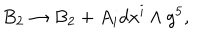
B _ { 2 } \rightarrow B _ { 2 } + A _ { i } d x ^ { i } \wedge g ^ { 5 } ,